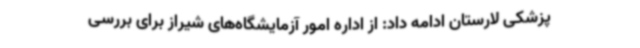
پزشکی لارستان ادامه داد: از اداره امور آزمایشگاه‌های شیراز برای بررسی